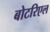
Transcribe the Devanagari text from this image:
बोटरिएल